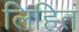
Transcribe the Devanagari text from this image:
लिहितं